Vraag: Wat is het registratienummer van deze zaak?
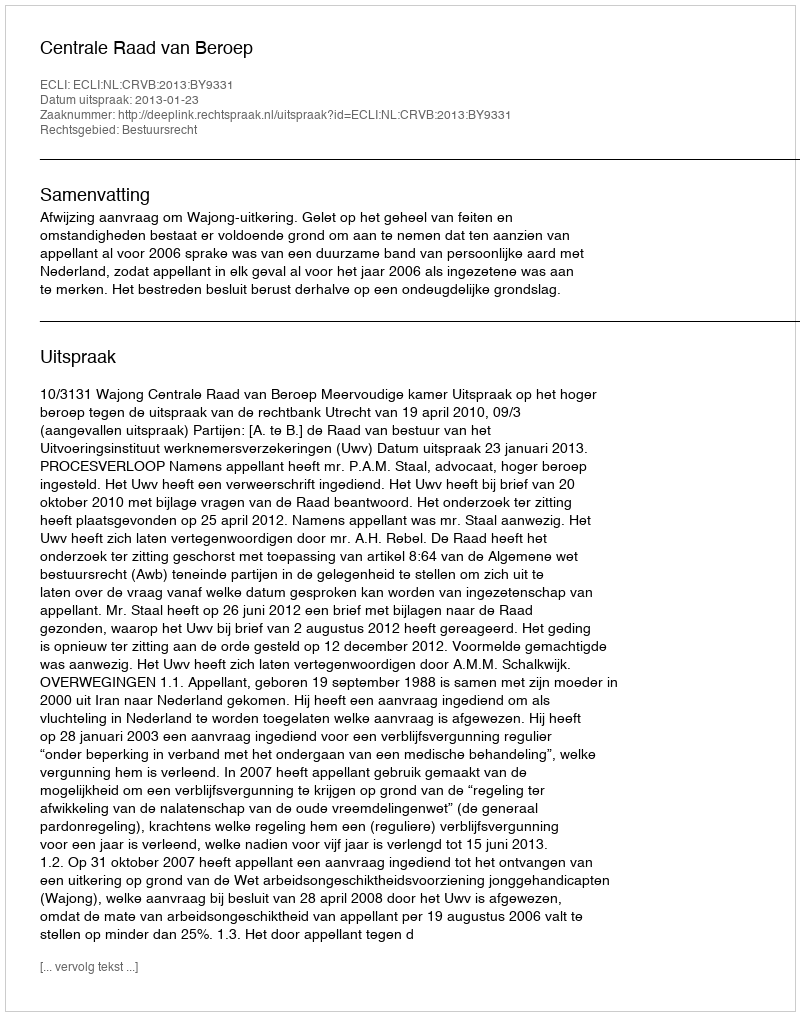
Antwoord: http://deeplink.rechtspraak.nl/uitspraak?id=ECLI:NL:CRVB:2013:BY9331